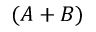
( A + B )